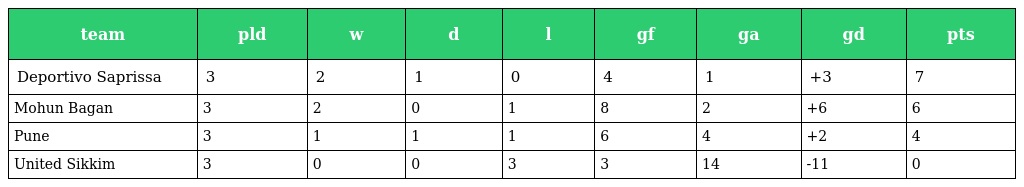
| team | pld | w | d | l | gf | ga | gd | pts |
 | --- | --- | --- | --- | --- | --- | --- | --- | --- |
 | Deportivo Saprissa | 3 | 2 | 1 | 0 | 4 | 1 | +3 | 7 |
 | Mohun Bagan | 3 | 2 | 0 | 1 | 8 | 2 | +6 | 6 |
 | Pune | 3 | 1 | 1 | 1 | 6 | 4 | +2 | 4 |
 | United Sikkim | 3 | 0 | 0 | 3 | 3 | 14 | -11 | 0 |